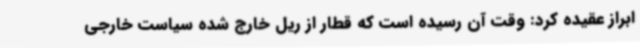
ابراز عقیده کرد: وقت آن رسیده است که قطار از ریل خارج شده سیاست خارجی